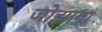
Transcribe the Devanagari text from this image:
जोझाया